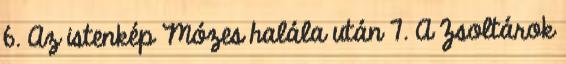
6. Az istenkép Mózes halála után 7. A Zsoltárok